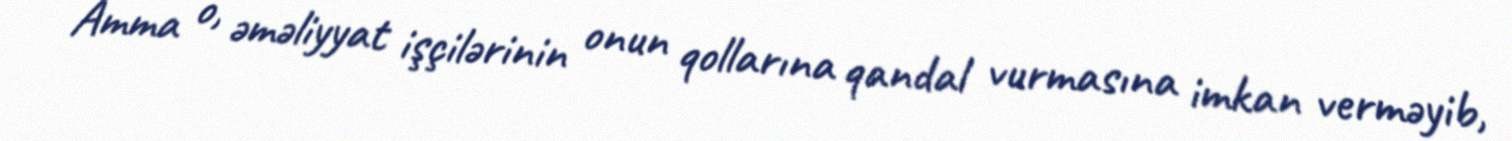
Amma o, əməliyyat işçilərinin onun qollarına qandal vurmasına imkan verməyib,